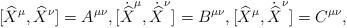
LaTeX: \begin{align*}[\widehat{X}^\mu,\widehat{X}^\nu]= A^{\mu\nu},[\dot{\widehat{X}}^\mu,\dot{\widehat{X}}^\nu]= B^{\mu\nu},[\widehat{X}^\mu,\dot{\widehat{X}}^\nu]=C^{\mu\nu},\end{align*}